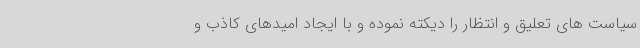
سیاست های تعلیق و انتظار را دیکته نموده و با ایجاد امیدهای کاذب و